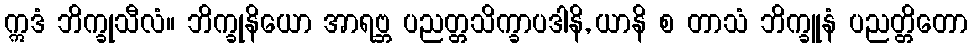
ဣဒံ ဘိက္ခုသီလံ။ ဘိက္ခုနိယော အာရဗ္ဘ ပညတ္တသိက္ခာပဒါနိ, ယာနိ စ တာသံ ဘိက္ခူနံ ပညတ္တိတော